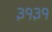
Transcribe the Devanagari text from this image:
३१३१